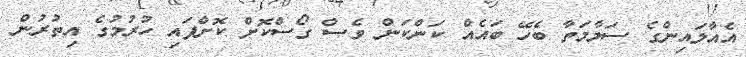
އެއާލައިންގެ ސަލާމަތާ ބެހޭ ބައެއް ކަންކަން ވެސް ގޯސްކޮށް ކޮށްފައި ހުރުުމުގެ އިތުރުން